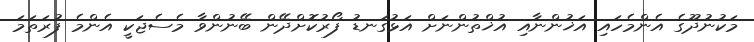
މަކުނުދޫގެ އެންމެހައި އަޚުންނާއި އުޚްތުންނަށް އަޅުގަނޑު ފޯރުކޮށްދޭން ބޭނުންވާ މެސެޖަކީ އެންމެ ފުރަތަމަ